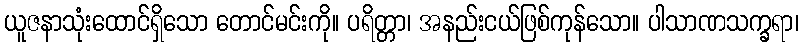
ယူဇနာသုံးထောင်ရှိသော တောင်မင်းကို။ ပရိတ္တာ၊ အနည်းငယ်ဖြစ်ကုန်သော။ ပါသာဏသက္ခရာ၊